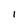
Character: 1